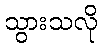
သွားသလို